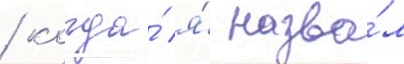
/ когда́ я́ назва́л